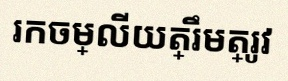
រកចម្លើយត្រឹមត្រូវ